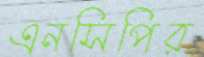
এনসিপির